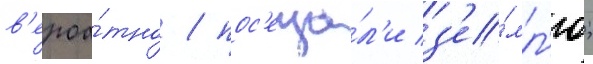
в'ероа́тно / пос'еща́л'и з'е́мл'ю;